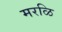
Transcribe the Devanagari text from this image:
मरळि